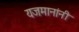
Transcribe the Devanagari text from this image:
यजमानांनी